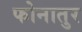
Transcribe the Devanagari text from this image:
फोनातुर